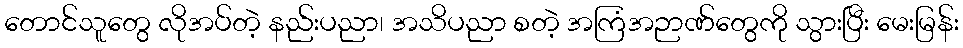
တောင်သူတွေ လိုအပ်တဲ့ နည်းပညာ၊ အသိပညာ စတဲ့ အကြံအဉာဏ်တွေကို သွားပြီး မေးမြန်း